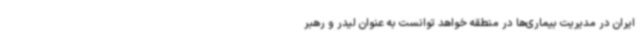
ایران در مدیریت بیماری‌ها در منطقه خواهد توانست به عنوان لیدر و رهبر